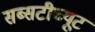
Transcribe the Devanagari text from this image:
सब्सटीच्यूट